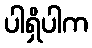
ပါရှိပါက